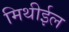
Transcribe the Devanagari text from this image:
मिथीईल